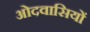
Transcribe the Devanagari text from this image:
ओदवासियों